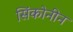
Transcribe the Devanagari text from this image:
सिंकोनीन